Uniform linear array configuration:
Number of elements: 32
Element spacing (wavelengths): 1
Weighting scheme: exponential
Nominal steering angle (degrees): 60
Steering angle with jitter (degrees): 58.598
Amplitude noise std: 0.05
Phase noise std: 0.05

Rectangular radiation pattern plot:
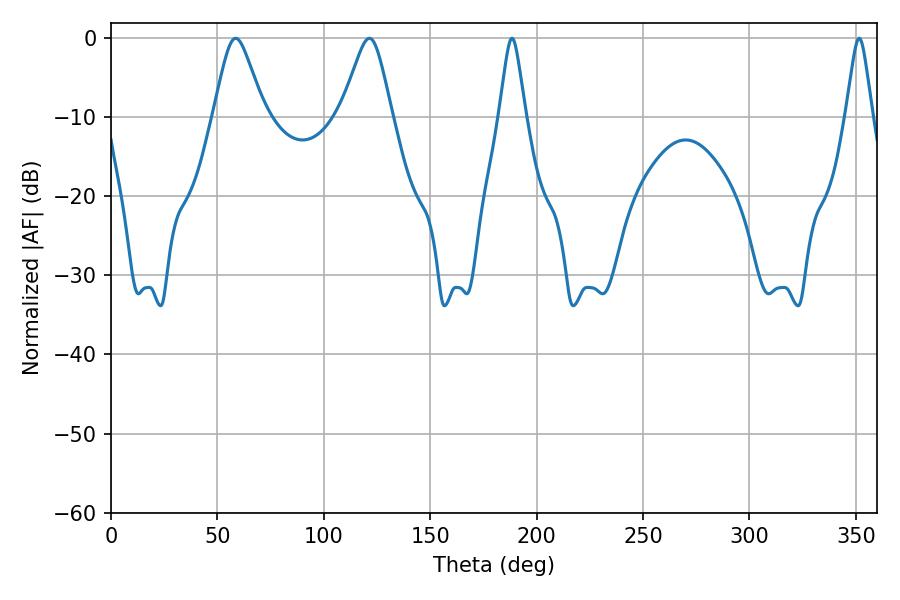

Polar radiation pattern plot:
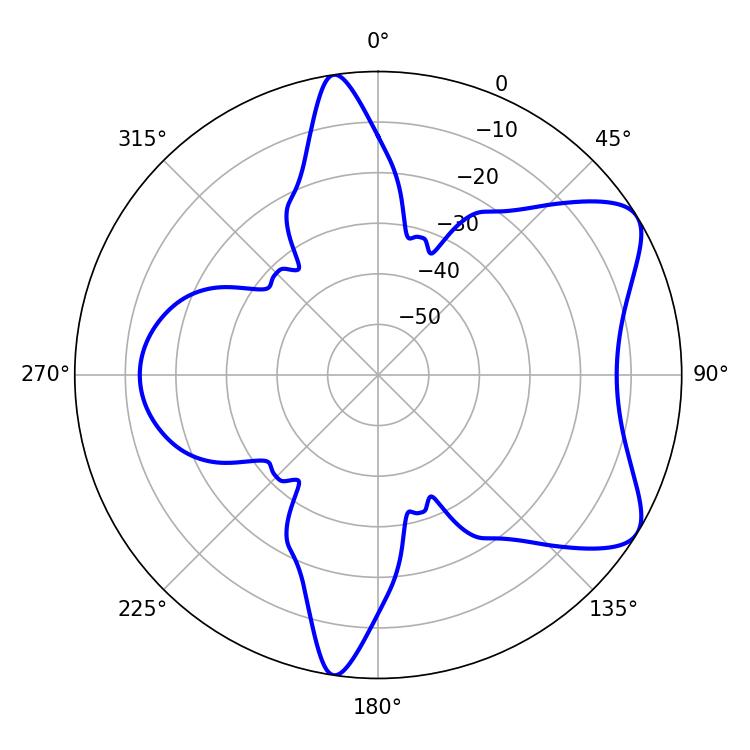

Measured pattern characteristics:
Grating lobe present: TRUE
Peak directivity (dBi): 7.25
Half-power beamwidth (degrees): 5.76
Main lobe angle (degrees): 188.46